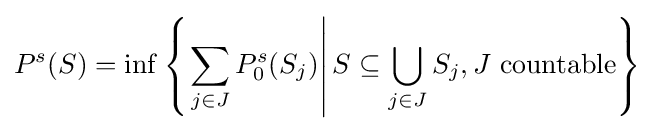
P^{s}(S)=\inf \left\{\left.\sum _{j\in J}P_{0}^{s}(S_{j})\right|S\subseteq \bigcup _{j\in J}S_{j},J{\text{ countable}}\right\}